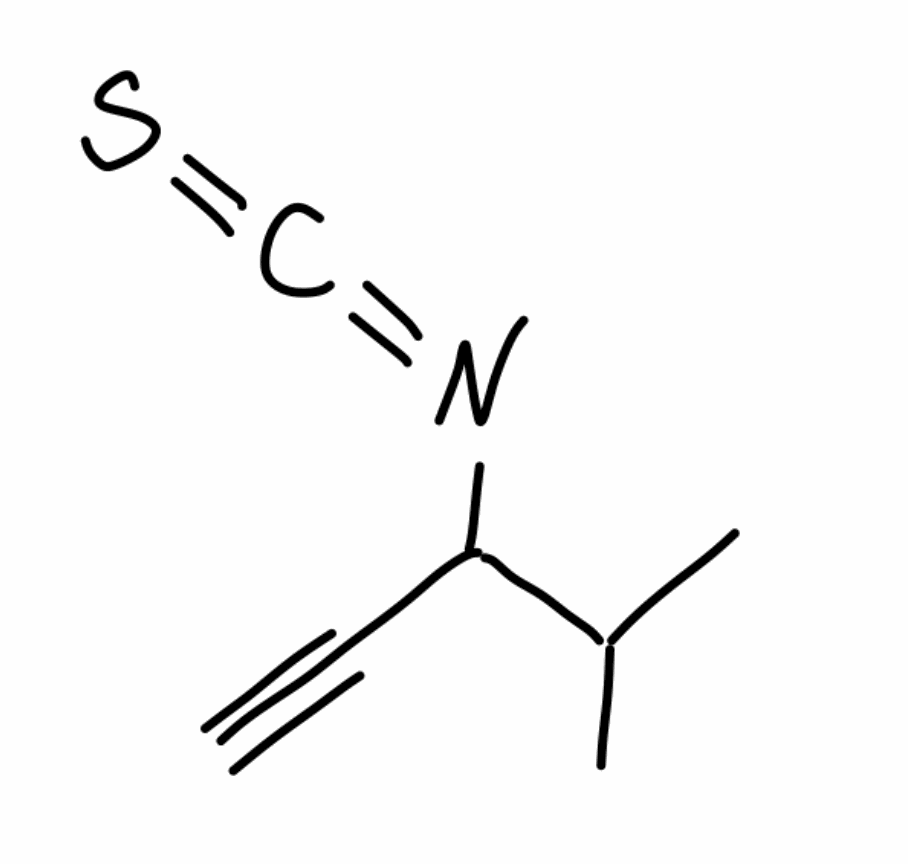
Simplified molecular-input line-entry system (SMILES) notation of the given molecule:
CC(C)C(C#C)N=C=S